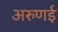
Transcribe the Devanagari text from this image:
अरुणई